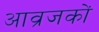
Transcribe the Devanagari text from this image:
आव्रजकों